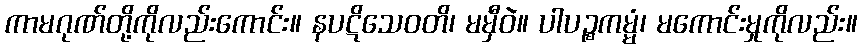
ကာမဂုဏ်တို့ကိုလည်းကောင်း။ နပဋိသေဝတိ၊ မမှီဝဲ။ ပါပဉ္စကမ္မံ၊ မကောင်းမှုကိုလည်း။